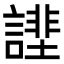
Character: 𧫔